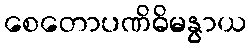
စေတောပဏိဓိမနွာယ